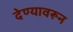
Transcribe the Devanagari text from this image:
देण्यावरून